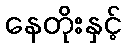
နေတိုးနှင့်